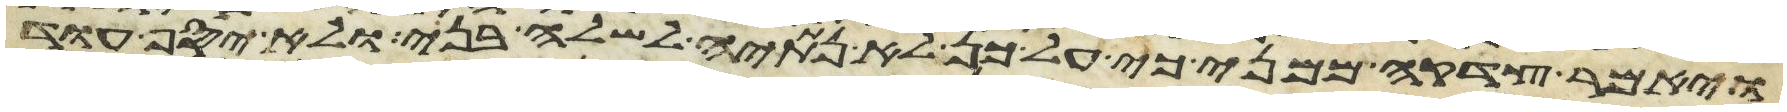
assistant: ויאמר צדקה ממני כי על כן לא נתתיה לשלה בני ולא יסף עוד